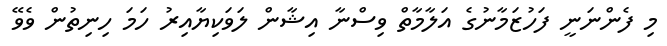
މި ފެންނަނީ ފަހުޒަމާނުގެ އަލާމާތް ވިސްނާ އިޝާން ލަވަކިޔާއިރު ހަމަ ހިނިތުން ވެވޭ